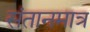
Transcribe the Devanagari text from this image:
संतानमात्र